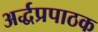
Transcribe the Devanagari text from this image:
अर्द्धप्रपाठक